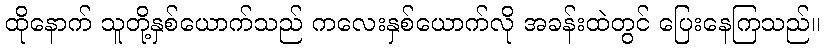
ထိုနောက် သူတို့နှစ်ယောက်သည် ကလေးနှစ်ယောက်လို အခန်းထဲတွင် ပြေးနေကြသည်။